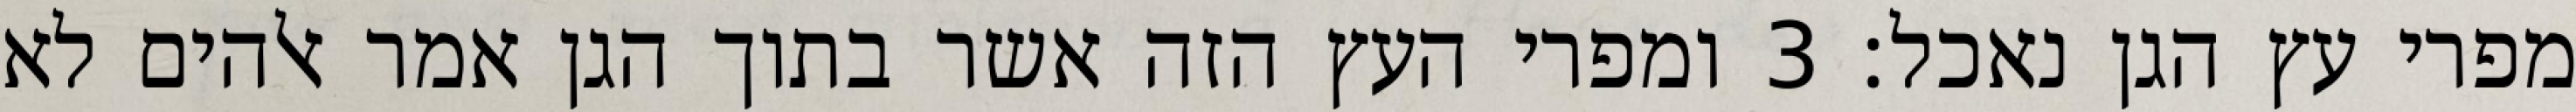
מפרי עץ הגן נאכל׃ ‎3‏ ומפרי העץ הזה אשר בתוך הגן אמר אלהים לא